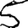
Digit: 5